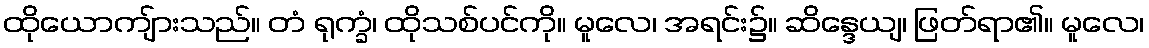
ထိုယောကျ်ားသည်။ တံ ရုက္ခံ၊ ထိုသစ်ပင်ကို။ မူလေ၊ အရင်း၌။ ဆိန္ဒေယျ၊ ဖြတ်ရာ၏။ မူလေ၊